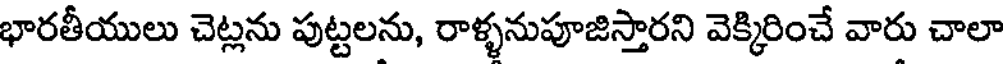
భారతీయులు చెట్లను పుట్టలను, రాళ్ళనుపూజిస్తారని వెక్కిరించే వారు చాలా